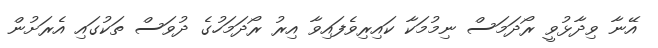
އޭނާ ވިދާޅުވީ ރޯދަމަސް ނިމުމަކާ ކައިރިވެފައިވާ އިރު ރޯދަމަހުގެ ދުވަސް ތަކުގައި އެރަށުން